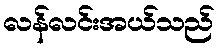
လန်လင်းအယ်သည်